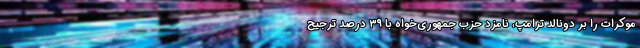
موکرات را بر دونالد ترامپ، نامزد حزب جمهوری‌خواه با ۳۹ درصد ترجیح